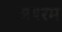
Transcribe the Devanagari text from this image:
अयरम